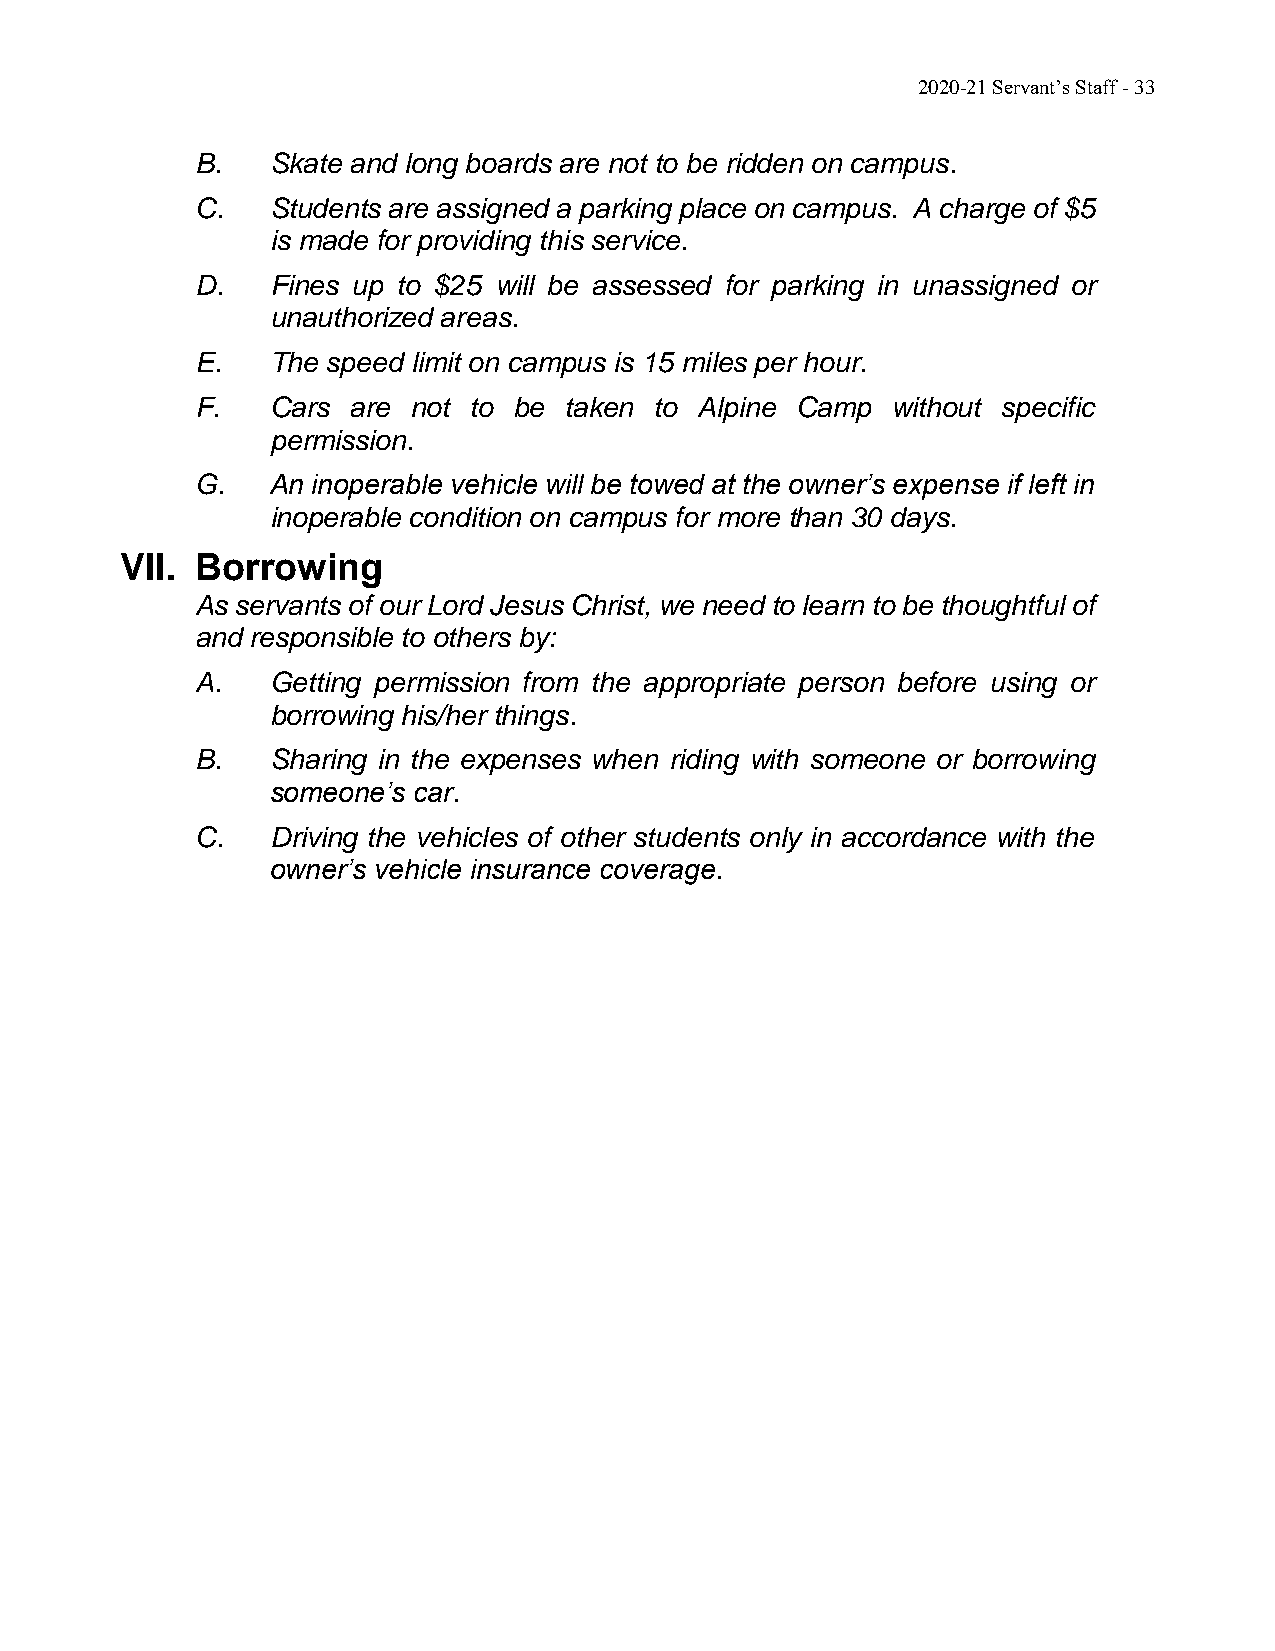
2020-21 Servant’s Staff - 33
 B.   Skate and long boards are not to be ridden on campus.
 C.   Students are assigned a parking place on campus. A charge of $5
 is made for providing this service.
 D.   Fines up to $25 will be assessed for parking in unassigned or
 unauthorized areas.
 E.   The speed limit on campus is 15 miles per hour.
 F.   Cars are not to be taken to Alpine Camp  without specific
 permission.
 G.   An inoperable vehicle will be towed at the owner’s expense if left in
 inoperable condition on campus for more than 30 days.
 VII. Borrowing
 As servants of our Lord Jesus Christ, we need to learn to be thoughtful of
 and responsible to others by:
 A.   Getting permission from the appropriate person before using or
 borrowing his/her things.
 B.   Sharing in the expenses when riding with someone or borrowing
 someone’s car.
 C.   Driving the vehicles of other students only in accordance with the
 owner’s vehicle insurance coverage.